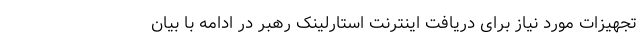
تجهیزات مورد نیاز برای دریافت اینترنت استارلینک رهبر در ادامه با بیان